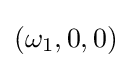
(\omega _{1},0,0)